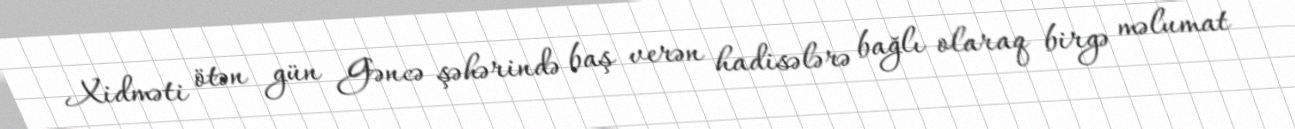
Xidməti ötən gün Gəncə şəhərində baş verən hadisələrə bağlı olaraq birgə məlumat